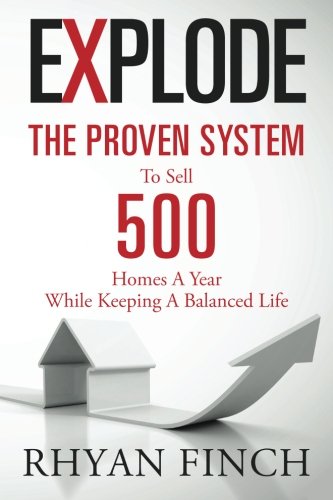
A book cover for Explode: The Proven System To Sell 500 Homes A Year While Keeping A Balanced Life; Rhyan Finch; Business & Money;